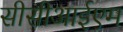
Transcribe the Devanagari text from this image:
सीसीआईएम